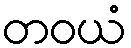
တဝယံ